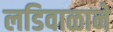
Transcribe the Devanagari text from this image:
लडिवाळाने